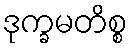
ဒုက္ခမတိစ္စ